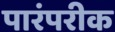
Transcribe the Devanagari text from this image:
पारंपरीक